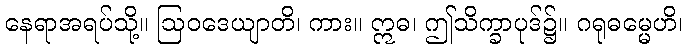
နေရာအရပ်သို့။ ဩဝဒေယျာတိ၊ ကား။ ဣဓ၊ ဤသိက္ခာပုဒ်၌။ ဂရုဓမ္မေဟိ၊